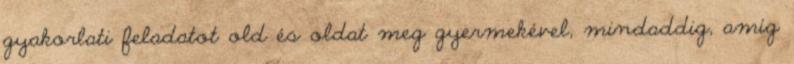
gyakorlati feladatot old és oldat meg gyermekével, mindaddig, amíg